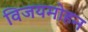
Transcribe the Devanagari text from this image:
विजयमोहन